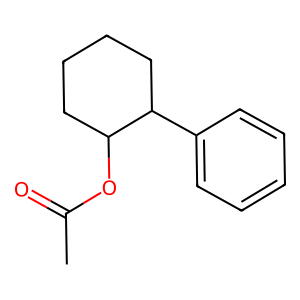
SMILES: CC(=O)OC1CCCCC1c1ccccc1
Inhibits HIV replication: No